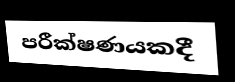
පරීක්ෂණයකදී